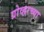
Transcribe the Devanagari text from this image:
ग्रोव्हरच्या